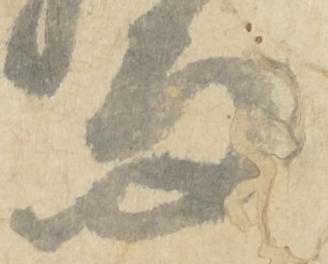
而